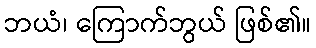
ဘယံ၊ ကြောက်ဘွယ် ဖြစ်၏။